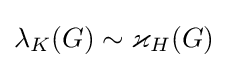
\lambda _{K}(G)\sim \varkappa _{H}(G)